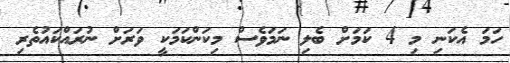
ހަމަ އެކަނި މި 4 ކަމަށް ބެލި ނަމަވެސް މިކަންކަމަކީ ވަރަށް ނުރައްކައުތެރި